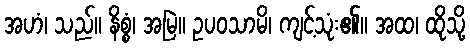
အဟံ၊ သည်။ နိစ္စံ၊ အမြဲ။ ဥပဝသာမိ၊ ကျင့်သုံး၏။ အထ၊ ထိုသို့